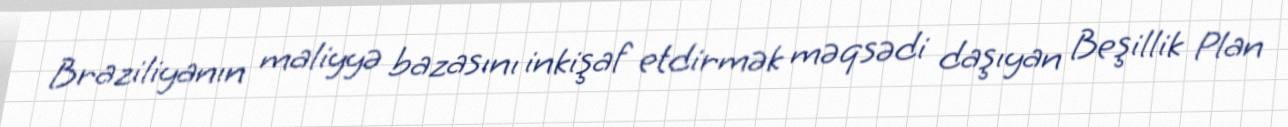
Braziliyanın maliyyə bazasını inkişaf etdirmək məqsədi daşıyan Beşillik Plan